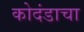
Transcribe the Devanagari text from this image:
कोदंडाचा